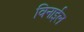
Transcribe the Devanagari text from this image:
विनाईल